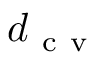
d _ { \mathrm { ~ c ~ v ~ } }